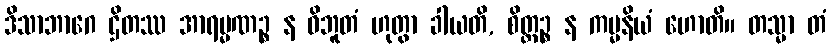
ဒိသာဘာဂေ ဌိတဿ အာရမ္မဏဉ္စ န ဝိဘူတံ ဟုတွာ ခါယတိ, စိတ္တဉ္စ န ကမ္မနိယံ ဟောတိ။ တသ္မာ တံ